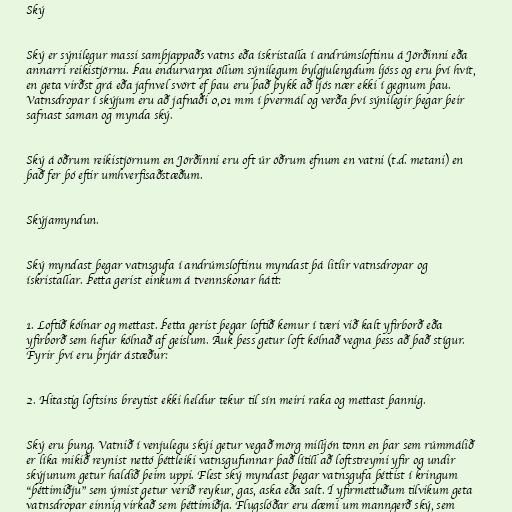
Ský

Ský er sýnilegur massi samþjappaðs vatns eða ískristalla í andrúmsloftinu á Jörðinni eða
annarri reikistjörnu. Þau endurvarpa öllum sýnilegum bylgjulengdum ljóss og eru því hvít,
en geta virðst grá eða jafnvel svört ef þau eru það þykk að ljós nær ekki í gegnum þau.
Vatnsdropar í skýjum eru að jafnaði 0,01 mm í þvermál og verða því sýnilegir þegar þeir
safnast saman og mynda ský.

Ský á öðrum reikistjörnum en Jörðinni eru oft úr öðrum efnum en vatni (t.d. metani) en
það fer þó eftir umhverfisaðstæðum.

Skýjamyndun.

Ský myndast þegar vatnsgufa í andrúmsloftinu myndast þá litlir vatnsdropar og
ískristallar. Þetta gerist einkum á tvennskonar hátt:

1. Loftið kólnar og mettast. Þetta gerist þegar loftið kemur í tæri við kalt yfirborð eða
yfirborð sem hefur kólnað af geislum. Auk þess getur loft kólnað vegna þess að það stígur.
Fyrir því eru þrjár ástæður:

2. Hitastig loftsins breytist ekki heldur tekur til sín meiri raka og mettast þannig.

Ský eru þung. Vatnið í venjulegu skýi getur vegað mörg milljón tonn en þar sem rúmmálið
er líka mikið reynist nettó þéttleiki vatnsgufunnar það lítill að loftstreymi yfir og undir
skýjunum getur haldið þeim uppi. Flest ský myndast þegar vatnsgufa þéttist í kringum
"þéttimiðju" sem ýmist getur verið reykur, gas, aska eða salt. Í yfirmettuðum tilvikum geta
vatnsdropar einnig virkað sem þéttimiðja. Flugslóðar eru dæmi um manngerð ský, sem